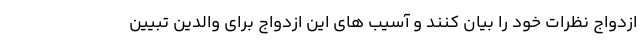
ازدواج نظرات خود را بیان کنند و آسیب های این ازدواج برای والدین تبیین